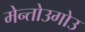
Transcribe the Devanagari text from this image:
मेन्तोउगोउ